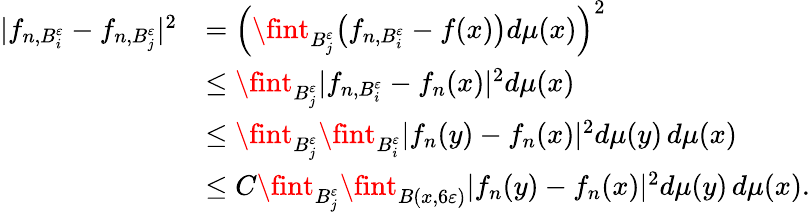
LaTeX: \begin{array}{rl}{|f_{n,B_{i}^{\varepsilon}}-f_{n,B_{j}^{\varepsilon}}|^{2}}&{=\Big(\fint_{B_{j}^{\varepsilon}}\big(f_{n,B_{i}^{\varepsilon}}-f(x)\big)d\mu(x)\Big)^{2}}\\ &{\leq\fint_{B_{j}^{\varepsilon}}|f_{n,B_{i}^{\varepsilon}}-f_{n}(x)|^{2}d\mu(x)}\\ &{\leq\fint_{B_{j}^{\varepsilon}}\fint_{B_{i}^{\varepsilon}}|f_{n}(y)-f_{n}(x)|^{2}d\mu(y)\, d\mu(x)}\\ &{\leq C\fint_{B_{j}^{\varepsilon}}\fint_{B(x,6\varepsilon)}|f_{n}(y)-f_{n}(x)|^{2}d\mu(y)\, d\mu(x).}\end{array}